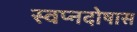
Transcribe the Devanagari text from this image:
स्वप्नदोषास